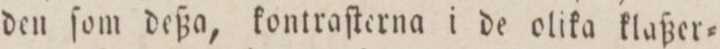
den ſom deßa, kontraſterna i de olika klaßer=